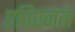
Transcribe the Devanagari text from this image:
एविएनस